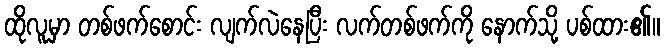
ထိုလူမှာ တစ်ဖက်စောင်း လျက်လဲနေပြီး လက်တစ်ဖက်ကို နောက်သို့ ပစ်ထား၏။